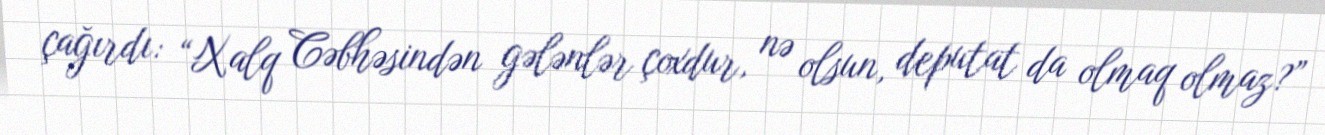
çağırdı: “Xalq Cəbhəsindən gələnlər çoxdur, nə olsun, deputat da olmaq olmaz?”